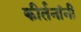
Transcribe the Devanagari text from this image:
कीर्तनांनी